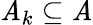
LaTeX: \mathit{A}_{k}\subseteq\mathit{A}